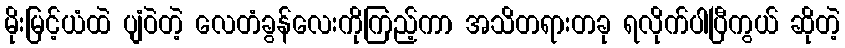
မိုးမြင့်ယံထဲ ပျံဝဲတဲ့ လေတံခွန်လေးကိုကြည့်ကာ အသိတရားတခု ရလိုက်ပါပြီကွယ် ဆိုတဲ့